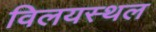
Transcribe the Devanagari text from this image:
विलयस्थल